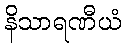
နိသာရဏီယံ